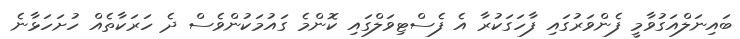
ބައިނަލްއަގުވާމީ ފެންވަރުގައި ފާހަގަކުރާ އެ ފެސްޓިވަލްގައި ކޮންމެ ގައުމަކުންވެސް ދެ ހަރަކާތެއް ހުށަހަޅާނެ